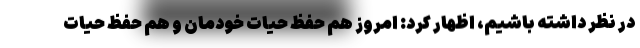
در نظر داشته باشیم، اظهار کرد: امروز هم حفظ حیات خودمان و هم حفظ حیات